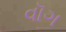
વૉગ